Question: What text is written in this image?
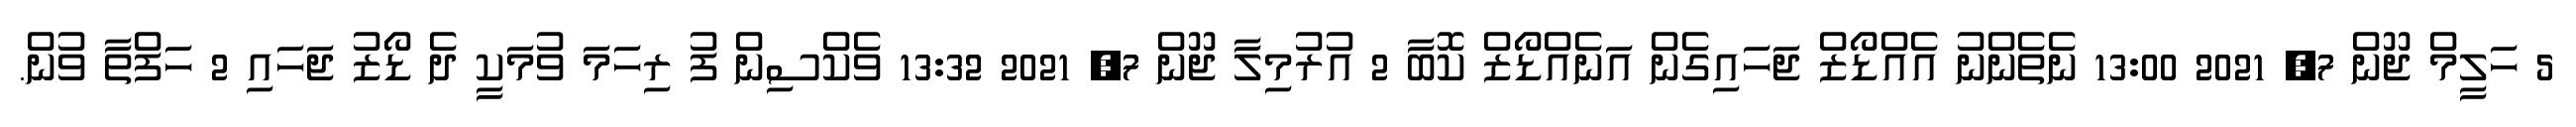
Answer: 5 ހަލީމް ޖޫން 7, 2021 13:00 ނެތެންނު އެއްޑޯޒް ޖަހައިގެން އަނެއްޑޯޒް ކޮބާ 2 އުރުމިލާ ޖޫން 7, 2021 13:32 ވެކްސިން ފު ރިހަމަ ވުމަކީ ދެ ޑޯޒު ޖަހައި 2 ހަފްތާ ވުން.